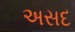
અસદ